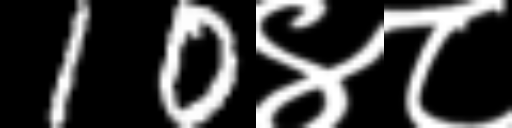
Text: 10४८